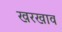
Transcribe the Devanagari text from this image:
खरखाव